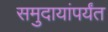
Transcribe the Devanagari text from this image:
समुदायांपर्यंत